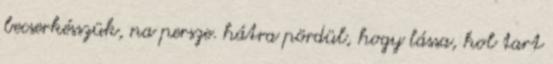
becserkésszük, na persze. hátra pördül, hogy lássa, hol tart